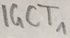
Text: IGCT1